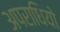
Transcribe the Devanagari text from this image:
अपराधियो